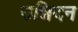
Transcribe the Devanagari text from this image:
उन्निदन